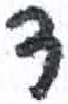
אות: ד